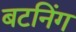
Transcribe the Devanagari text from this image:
बटनिंग